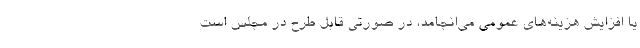
یا افزایش هزینه‌های عمومی می‌انجامد، در صورتی قابل طرح در مجلس است